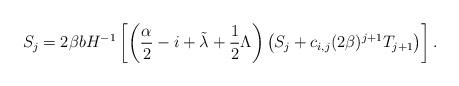
LaTeX: \begin{align*}S_j =2 \beta b H^{-1} \left[ \left( \frac{\alpha}{2} - i + \tilde \lambda + \frac{1}{2} \Lambda \right) \left( S_j + c_{i,j}(2\beta)^{j+1} T_{j+1} \right) \right].\end{align*}